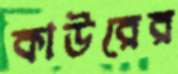
কাউরের